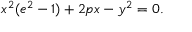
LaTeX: x ^ { 2 } ( e ^ { 2 } - 1 ) + 2 p x - y ^ { 2 } = 0 .